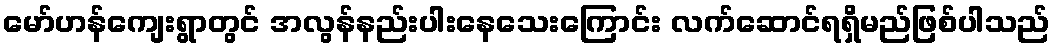
မော်ဟန်ကျေးရွာတွင် အလွန်နည်းပါးနေသေးကြောင်း လက်ဆောင်ရရှိမည်ဖြစ်ပါသည်